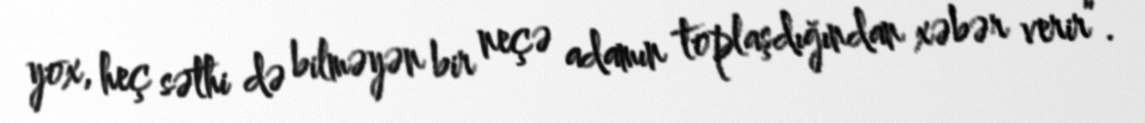
yox, heç səthi də bilməyən bir neçə adamın toplaşdığından xəbər verir”.